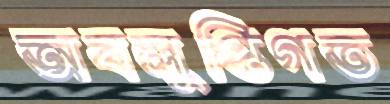
অবলুপ্তিগত